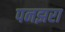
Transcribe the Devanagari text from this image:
पनझरा